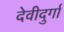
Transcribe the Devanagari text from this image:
देवीदुर्गा